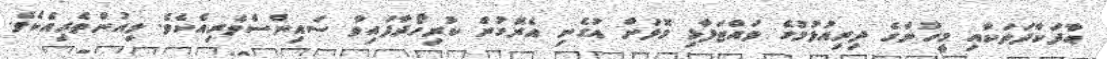
އާދަކާދަތަކާއި މީހުންގެ ދިރިއުޅުމުގެ ވައްޓަފާޅި މޮޅަށް އުގެނި އެރޮގުން ކުރިހޯދާފައިވާ ސައިންސްވެރިއެކެވެ. ލިއުންތެރިއެކެވެ.